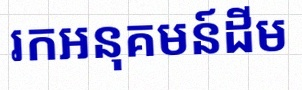
រកអនុគមន៍ដើម